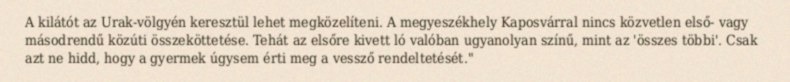
A kilátót az Urak-völgyén keresztül lehet megközelíteni. A megyeszékhely Kaposvárral nincs közvetlen első- vagy másodrendű közúti összeköttetése. Tehát az elsőre kivett ló valóban ugyanolyan színű, mint az 'összes többi'. Csak azt ne hidd, hogy a gyermek úgysem érti meg a vessző rendeltetését."